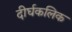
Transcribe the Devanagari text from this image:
दीर्घकलिक